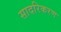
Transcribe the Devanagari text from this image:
सादरिकरण